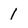
Character: 1